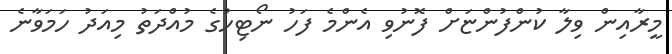
މީރާއިން ވިލާ ކުންފުންޏަށް ފޮނުވި އެންމެ ފަހު ނޯޓިހުގެ މުއްދަތު މިއަދު ހަމަވާނެ